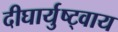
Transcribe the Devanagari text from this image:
दीघार्युष्ट्वाय